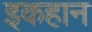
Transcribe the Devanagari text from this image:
इकहान